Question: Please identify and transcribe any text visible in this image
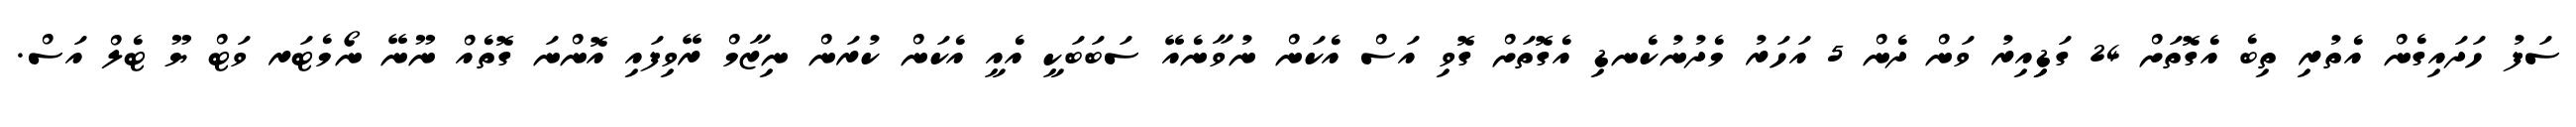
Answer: ސަފު ހަދައިގެން އެތުރި ތިބެ އެގޮތަށް 24 ގަޑިިއިރު ވަން ދެން 5 އަހަރު މެދުނުކެނޑި އެގޮތަށް ގޮވި އަސް އެކަން ނުވާނެއޭ ސަބަބަކީ އެއީ އެކަން ކުރަން ނިޒާމް ރޭވިފައި އޮންނަ ގޮތެއް ނޫނޭ ނޯމެޓަރ ވަޓް ޔޫ ޓެލް އަސް.